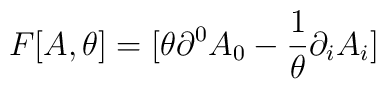
F[A,\theta ]=[\theta \partial ^{0}A_{0}-\frac{1}{\theta }\partial _{i}A_{i}]